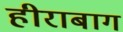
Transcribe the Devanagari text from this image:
हीराबाग